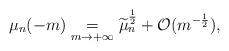
LaTeX: \begin{align*}\mu_n(-m) \underset{m\to+\infty}{=} \widetilde{\mu}^{\frac{1}{2}}_n +\mathcal{O}(m^{-\frac{1}{2}}),\end{align*}